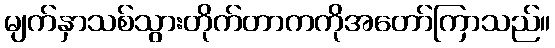
မျက်နှာသစ်သွားတိုက်တာကကိုအတော်ကြာသည်။